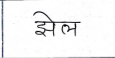
मजकूर: झेल